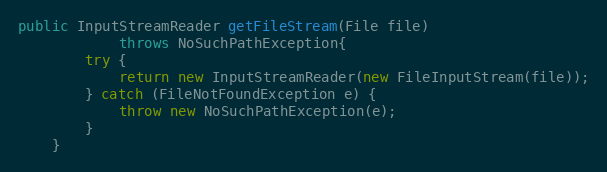
Language: Java
public InputStreamReader getFileStream(File file)
			throws NoSuchPathException{
		try {
			return new InputStreamReader(new FileInputStream(file));
		} catch (FileNotFoundException e) {
			throw new NoSuchPathException(e);
		}
	}